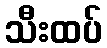
သီးထပ်